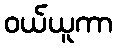
ဝယ်ယူကာ